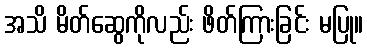
အသိ မိတ်ဆွေကိုလည်း ဖိတ်ကြားခြင်း မပြု။